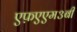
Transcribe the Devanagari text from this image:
एफ़एएम३बी